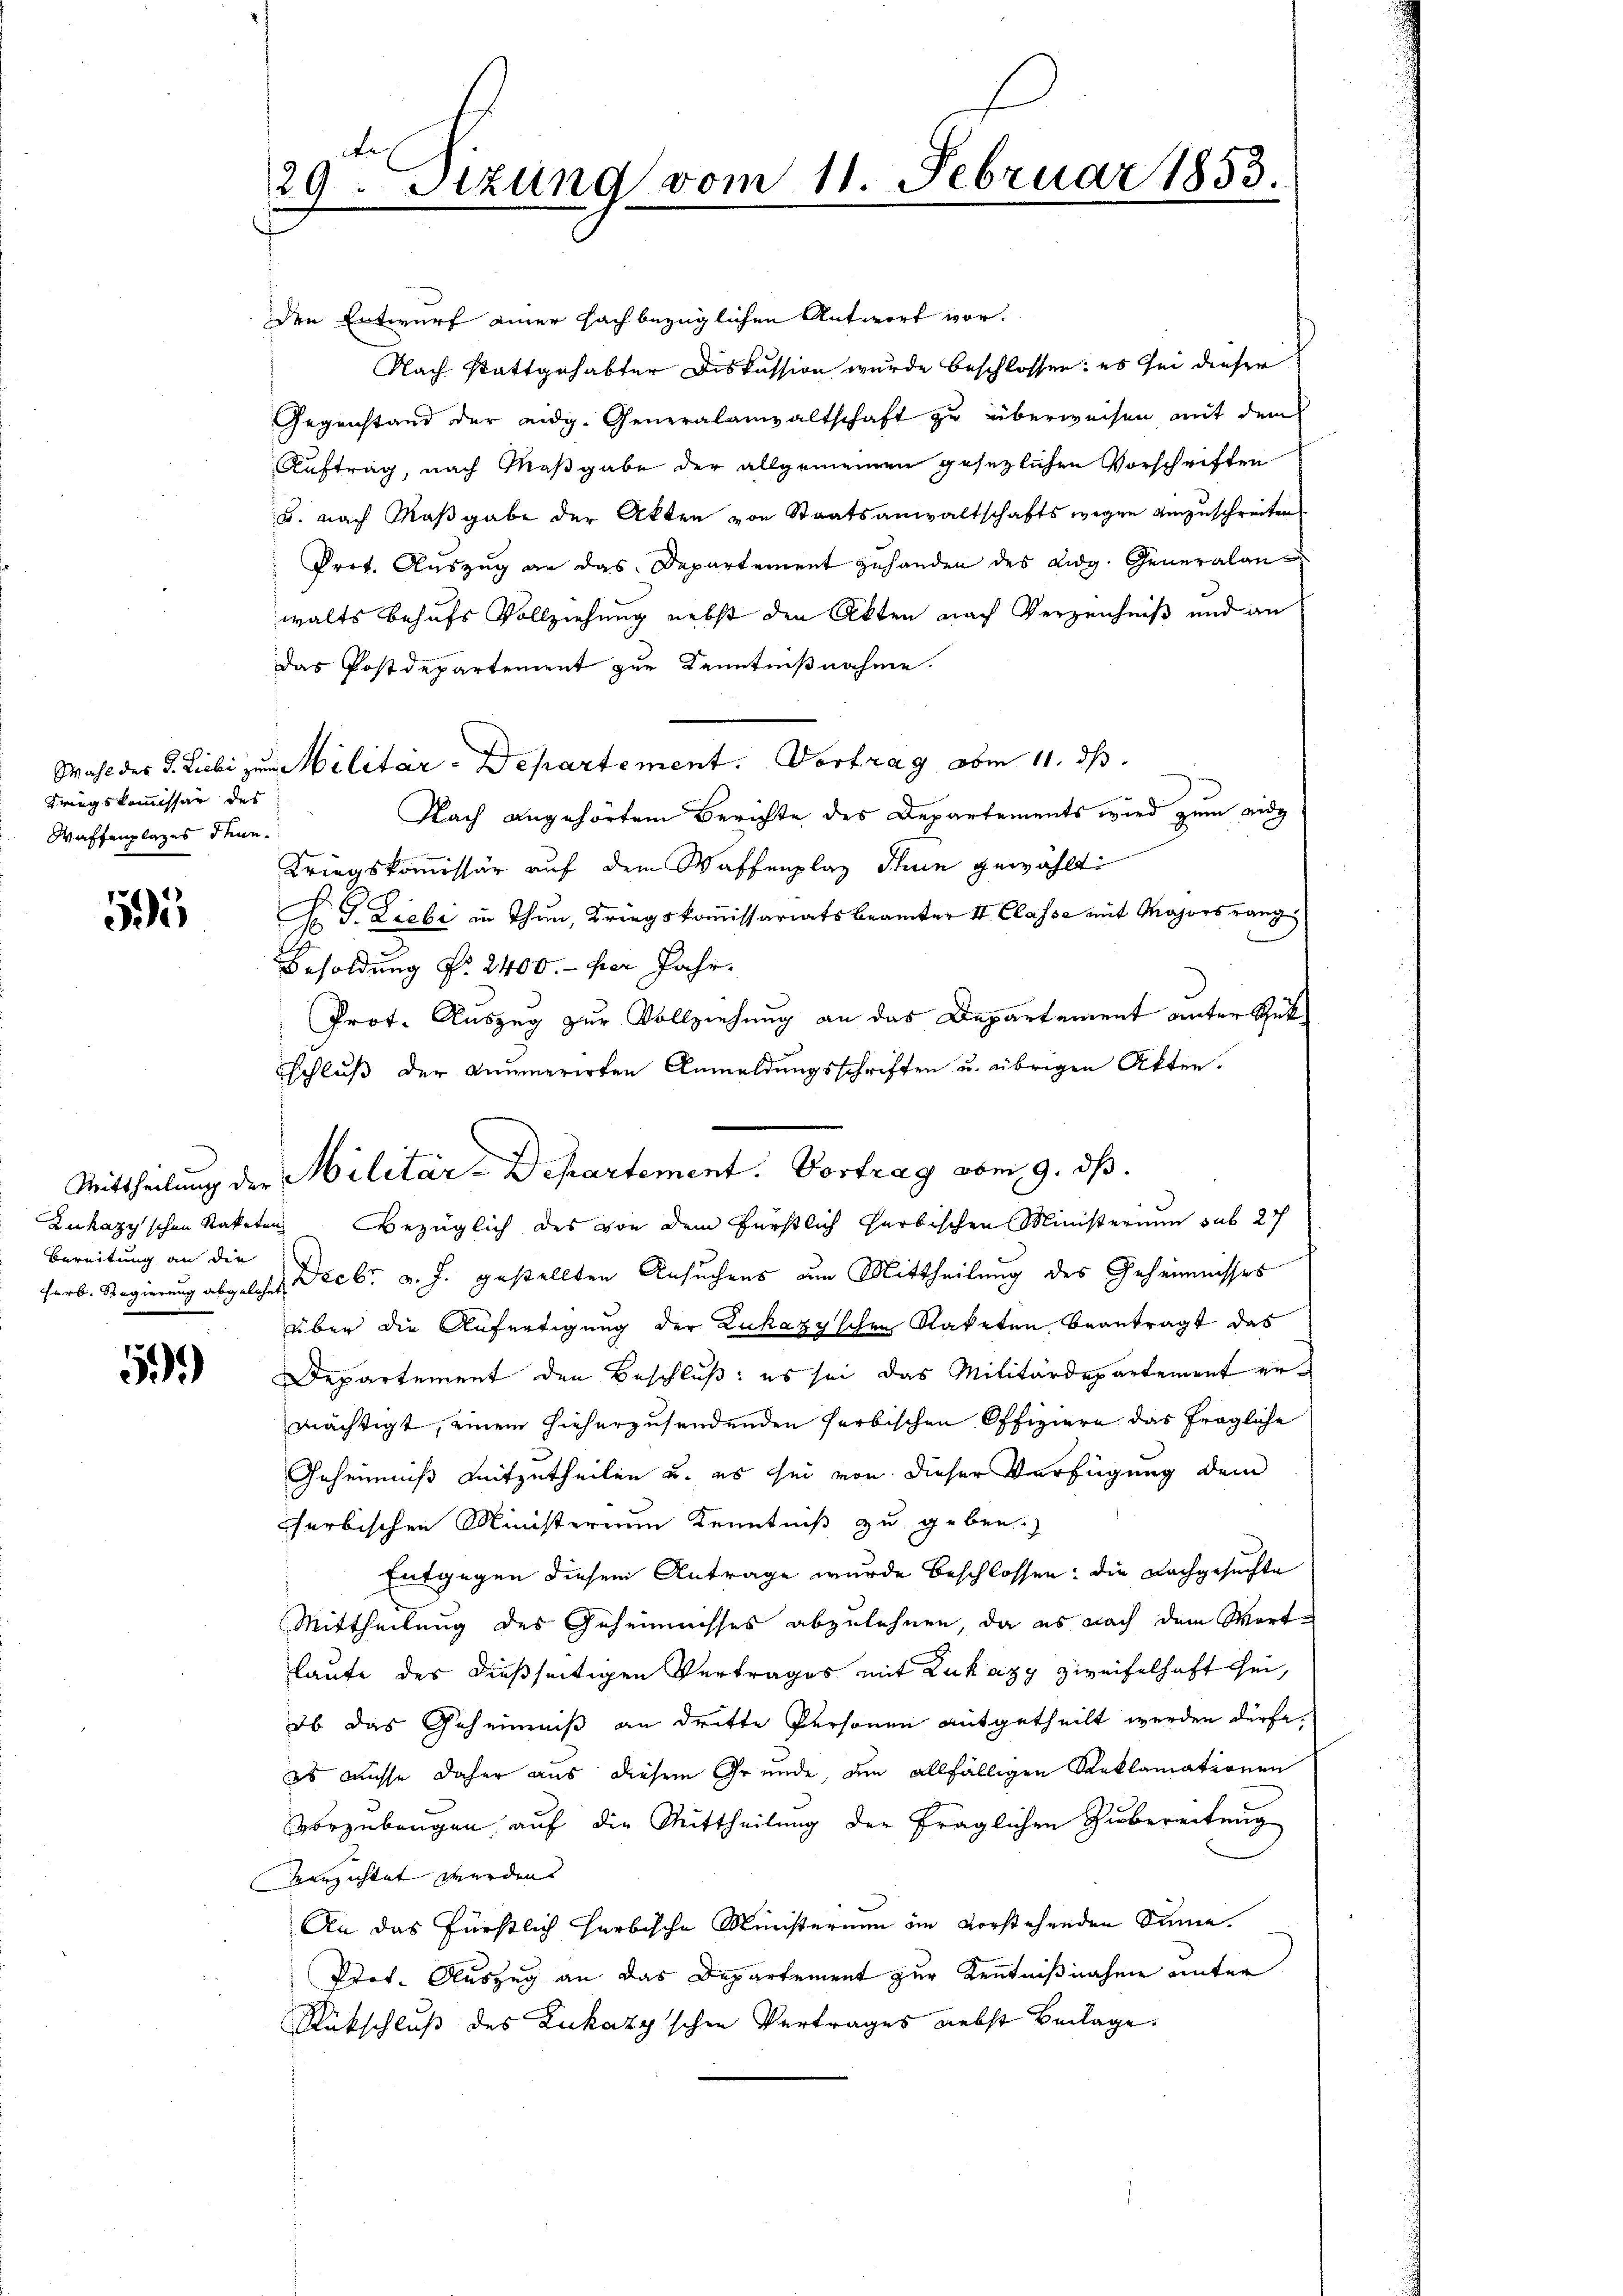
Kriegskommissär des
Waffenplazes denn.

595

Bereitung an die
herb. Regierung abgelehnt

59.)

A
29. Sitzung vom 11. Februar 1853.

den Entwurf einer Fachbezüglichen Antwort vor.
Nach stattgehabter Diskussion wurde beschlossen: es sei dieser
Gegenstand der eidg. Generalanwaltschaft zu überweisen, mit dem
Auftrag, nach Maßgabe der allgemeinen gesezlichen Vorschriften
B. nach Maßgabe der Akten von Staatsanwaltschaftswegen einzuschreiten
Prot. Auszug an das Departement zuhanden des eidg. Generalanwalts behufs Vollziehung nebst den Akten nach Verzeichniß und an
Das Postdepartement zur Kenntnißnahme.
Wahl der d. Liebe zum Militär-Departement. Vortrag oben 11. ds.
Nach angehörtem Berichte des Departements wird zum eidg
Kriegskommissär auf dem Waffenplaz Thun gewählt:
F. J. Liebe in Thun, Kriegskommissariatsbeamter II. Classe mit Majorsrang
Besoldung Nr. 2400.- per Jahr¬
Prot. Auszug zur Vollziehung an das Departement unter Gut¬
Schluß der Anumerirten Anmeldungsschriften u. übrigen Akten¬
Zukazy'schen Raketen Bezüglich des von dem Fürstlich herbischen Ministerium sub 27
Decbr. v. J. gestellten Ansuchens um Mittheilung des Geheimnisses
über die Aufertigung der Zukazy'schen Raketen beantragt das
Departement den Beschluß: es sei das Militärdepartement ermächtigt, einem hieherzusendenden farbischen Offiziere das fragliche
Geheimniß mitzutheilen u. es sei von dieser Verfügung dem
herbischen Ministerium Kenntniß zu geben.
Entgegen diesem Antrage wurde beschlossen: die Nachgesuchte
Mittheilung des Geheimnisses abzulehnen, da es nach dem Wortlaufe der dießseitigen Vertrages mit Zuhazy zweifelhaft sei,
ob das Geheimniß an dritte Personen mitgetheilt werden dürfe.
es müsse daher aus diesem Grunde, den allfälligen Reklamationen
Vorzubeugen, auf die Mittheilung der fraglichen Zubereitung
verzichtet werden. |
An das fürstlich herbische Ministerium in vorstehenden Sinne.
Prot. Auszug an das Departement zur Kenntnißnahme unter
Rückschluß des Lukazy'schen Vertrages nebst Beilage

Mittheilung der Militär-Departement. Vortrag vom 9. ds.